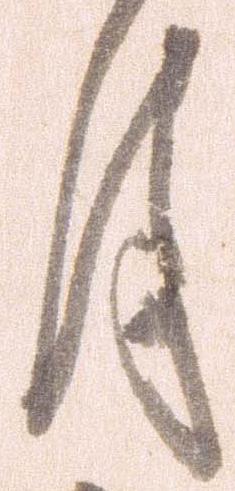
月